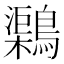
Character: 𪆂